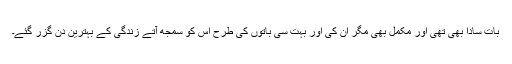
بات سادا بھی تھی اور مکمل بھی مگر ان کی اور بہت سی باتوں کی طرح اس کو سمجھ آتے زندگی کے بہترین دن گزر گئے۔